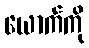
ယောက်ကို